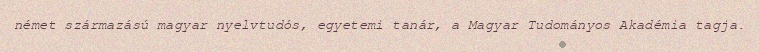
német származású magyar nyelvtudós, egyetemi tanár, a Magyar Tudományos Akadémia tagja.